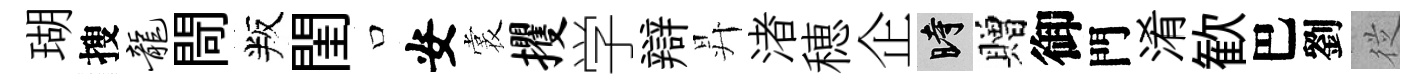
瑚搜龙閜叛閨口安裳攫学辯昇渚穂企时贈御門淆歓巴劉従